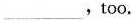
____,too.